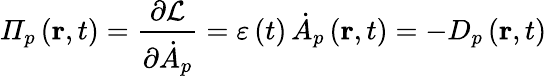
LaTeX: \varPi_{p}\left(\mathbf{r},t\right)=\frac{\partial\mathcal{L}}{\partial\dot{A}_{p}}=\varepsilon\left(t\right)\, \dot{A}_{p}\left(\mathbf{r},t\right)=-D_{p}\left(\mathbf{r},t\right)